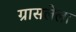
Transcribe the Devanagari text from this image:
ग्रासलेला